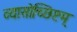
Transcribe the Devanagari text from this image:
व्यासोच्छिष्टम्